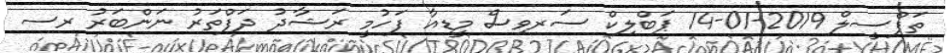
ތަފްސީލް 2019-01-14 ޕަބްލިކް ސަރވިސް މީޑިއާ ފަހުމީ ރަޝާދު ދަފްތަރު ނަންބަރު ރސ